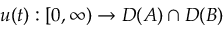
u ( t ) : [ 0 , \infty ) \to D ( A ) \cap D ( B )